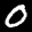
Label: 0